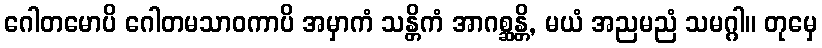
ဂေါတမောပိ ဂေါတမသာဝကာပိ အမှာကံ သန္တိကံ အာဂစ္ဆန္တိ, မယံ အညမညံ သမဂ္ဂါ။ တုမှေ